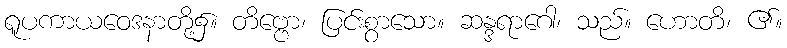
ရူပကာယဝေဒနာတို့၌။ တိဗ္ဗော၊ ပြင်းစွာသော။ ဆန္ဒရာဂေါ၊ သည်။ ဟောတိ၊ ၏။